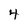
Character: 4